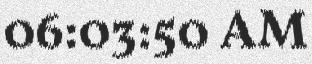
06:03:50 AM